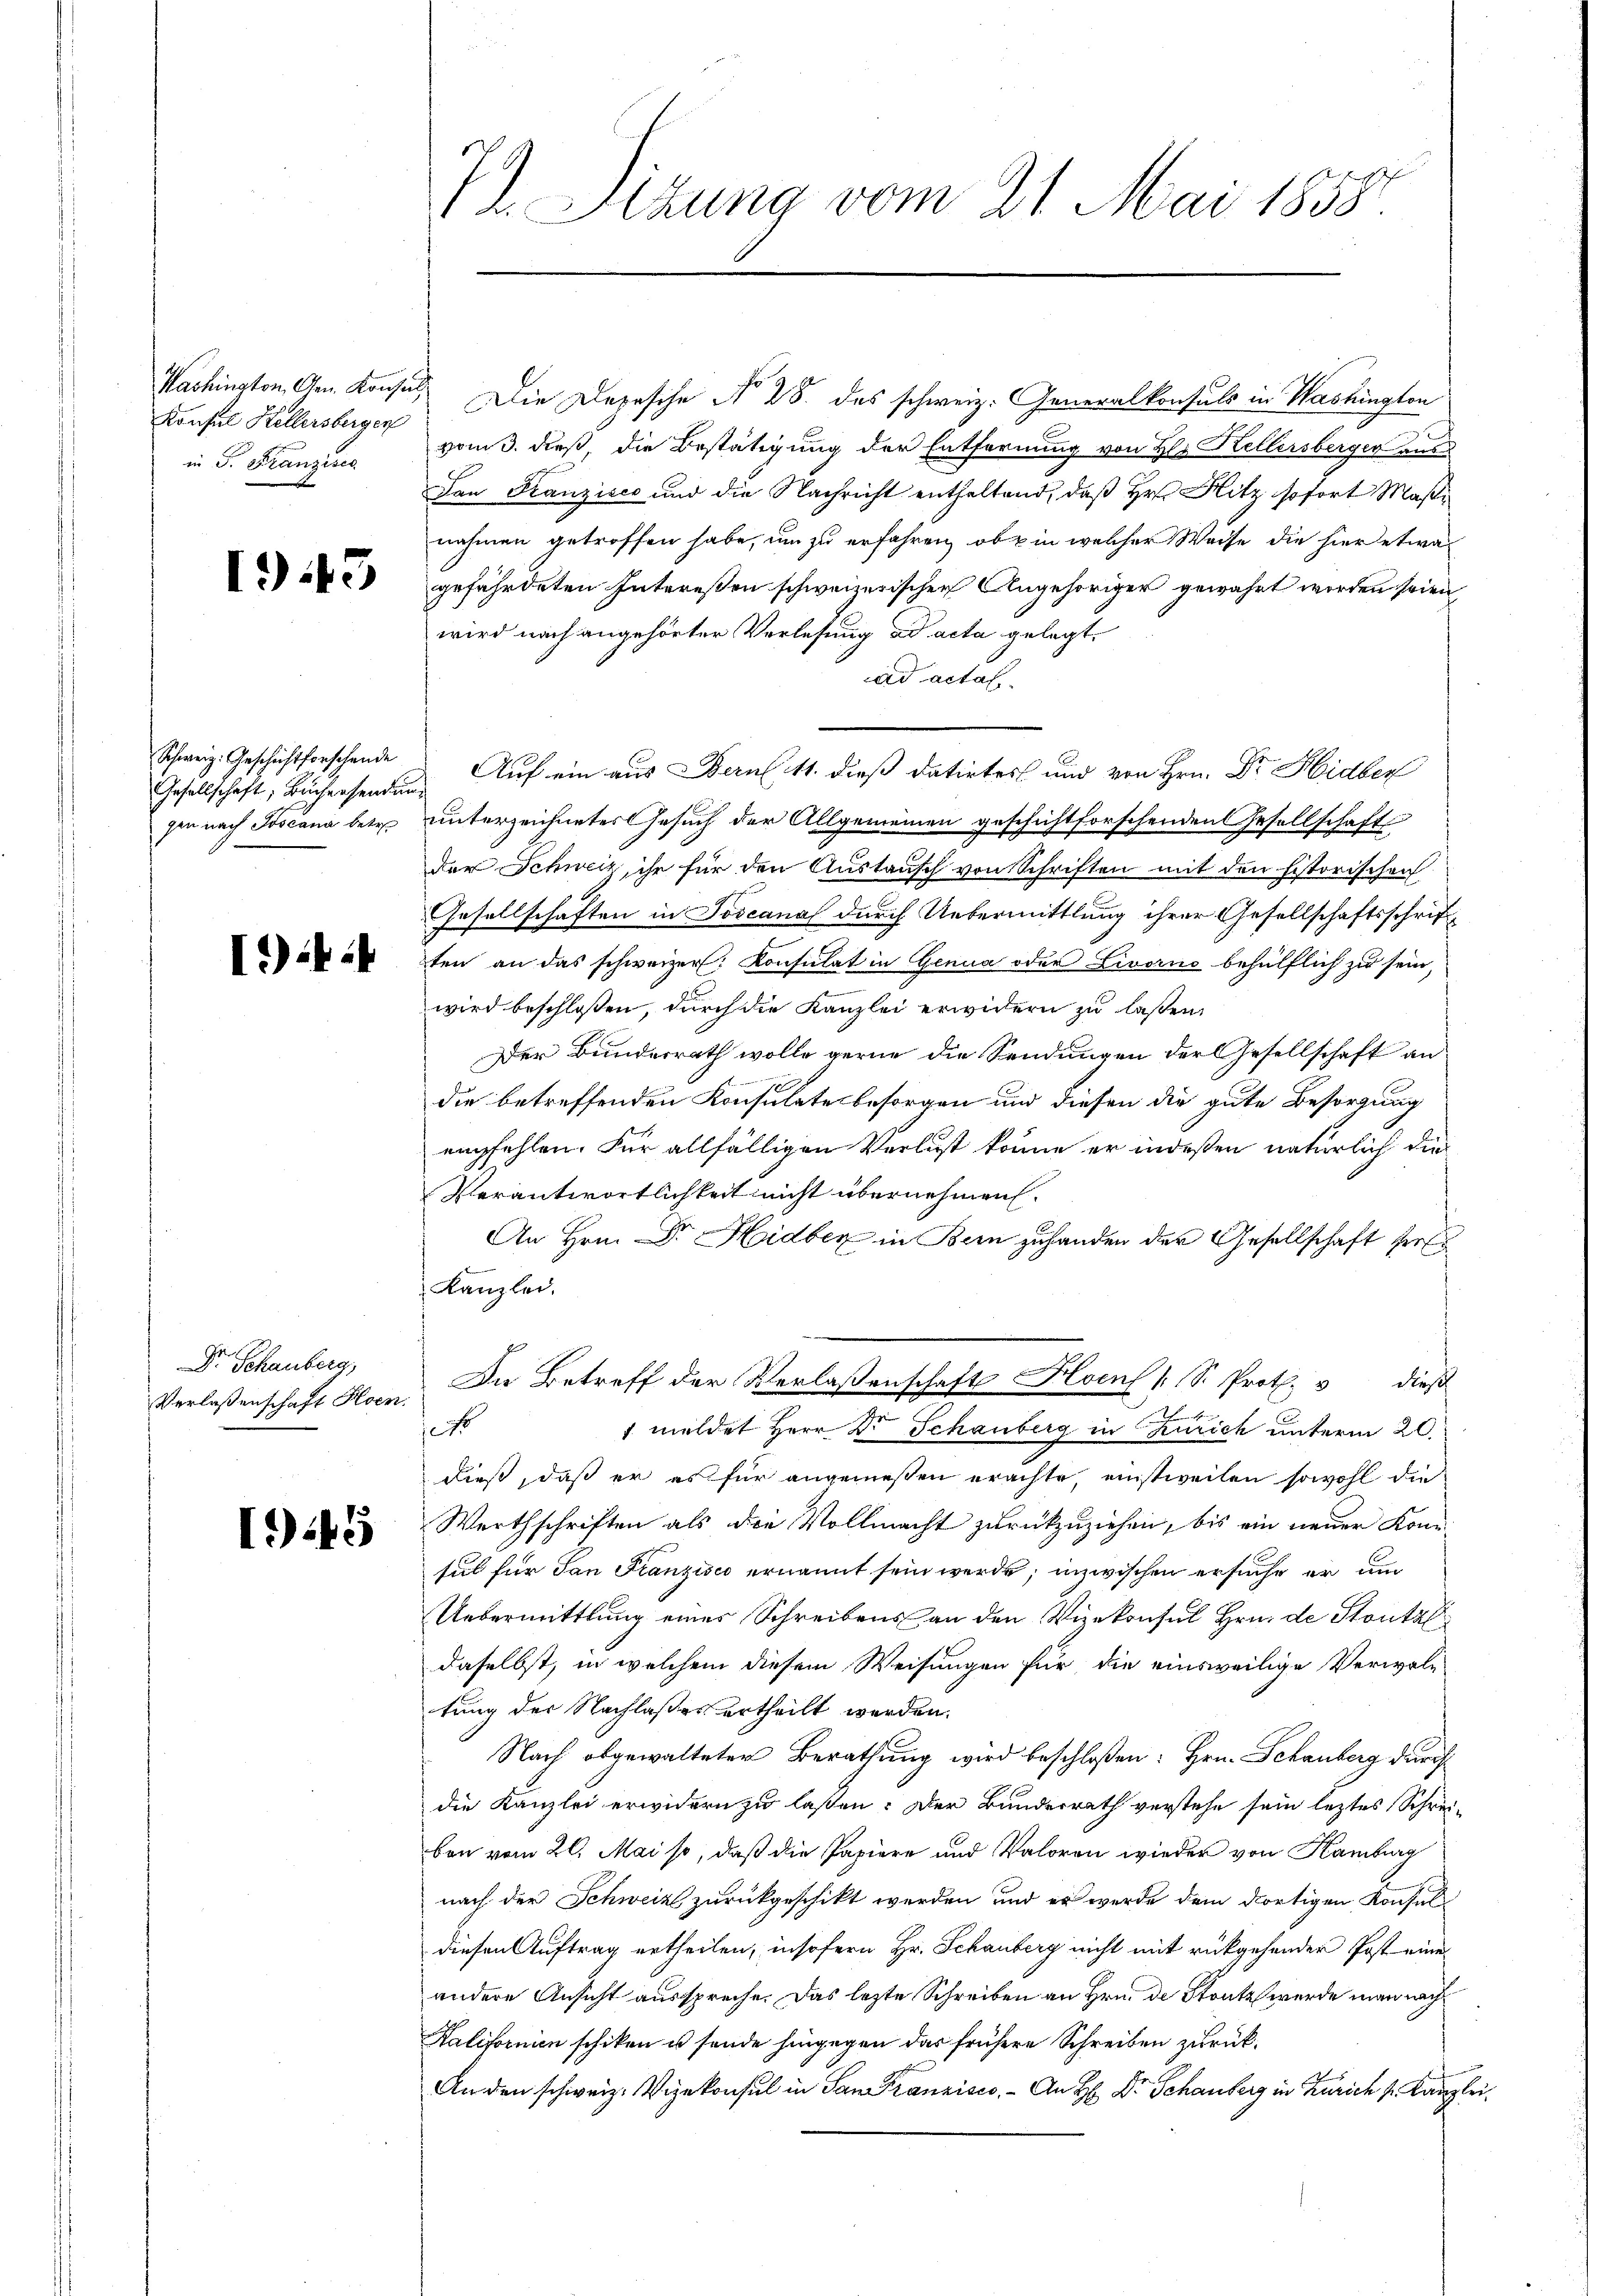
Washington, Gen. Konsul
Konsul Kellersbergen
in Dr. Franzises

1943

Gesellschaft, Büchersendung

.44

Dr. Schauberg,

145

72. Sitzung vom 21. Mai 1858.

Die Depesche No 28. das schweiz. Generalkonsuls in Washington
vom. dieß, die Bestätigung der Entfernung von Hl. Kellersberger aus
Dan Franzises und die Nachricht enthaltend, daß Hr. Hitz sofort Masi
nahmen getroffen habe, um zu erfahren, ob in welcher Weise die hier etwa
gefährdeten Intereßen schweizerischen Angehöriger gewährt worden seien,
wird nach angehörter Vorlesung ad acta gelegt.
ad actas.
Schweiz. Geschichtforschende Auf ein aus Bern 11. dieß datirtes und von Hrn. Dr. Hidber
gen nach Toscana betr. unterzeichnetes Gesuch der Allgemeinen geschichtforschenden Gesellschaft
der Schweiz, ihr für den Austausch von Schriften mit den historischen
Gesellschaften in Toscanal durch Uebermittlung ihrer Gesellschaftsschriften an das schweizer. Konsulat in Genua oder Livorno behülflich zu sein,
wird beschlossen, durch die Kanzlei erwidern zu laßen,
Der Bunderrath wolle gerne die Sendungen der Gesellschaft an
die betreffenden Konsulates besorgen und diesen die gute Besorgung
empfehlen. Für allfälligen Verlust könne er indeßen natürlich die
Verantwortlichkeit nicht übernehmen.
An Hrn. Dr. Hidber in Bern zuhanden der Gesellschaft her
Kanzlei,
Verlassenschaft Horn. Die Betreff der Verlassenschaft Hoen [S. Prot. v dieß
cso
1 meldet Herr Dr. Schauberg in Zürich unterm 20.
dieß, daß er es für angemeßen erachte, einstweilen sowohl die
Werthschriften als die Vollmacht zurückzuziehen, bis ein neuer Kom-
sul für San Franzisco ernannt sein werde; inzwischen ersuche er um
Uebermittlung eines Schreibens an den Vizekonsul Hrn. de Stontal
daselbst, in welchem diesem Weisungen für die einsweilige Verwaltung der Nachlaßes ertheilt werden.
Nach abgewalteter Berathung wird beschloßen: Hrn. Schauberg durch
die Kanzlei erwidern zu lassen: Der Bundesrath verstehe sein leztes Schrei-
ben vom 20. Mai so, daß die Papiere und Valoren wieder von Hamburg
nach der Schweiz zurückgeschikt werden, und er wurde dem dortigen Konsul
diesen Auftrag ertheilen, insofern Hr. Schauberg nicht mit rückgehenden Post eine
andere Ansicht ausspreche. Das lezte Schreiben an Hrn. de Staate wurde man nach
Kalifornien schiken u sende hingegen das frühere Schreiben zurück¬
An den schweiz. Vizekonsul in San Franzisco. - An H Dr. Schauberg in Zürich v. Kanzlei